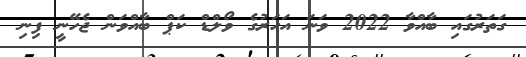
ގަތަރުގައި ބާއްވާ 2022 ވަނަ އަހަރުގެ ވޯލްޑް ކަޕް ބާއްވަން ޖެހޭނީ ފިނި